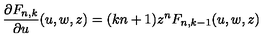
\frac { \partial F _ { n , k } } { \partial u } ( u , w , z ) = ( k n + 1 ) z ^ { n } F _ { n , k - 1 } ( u , w , z )